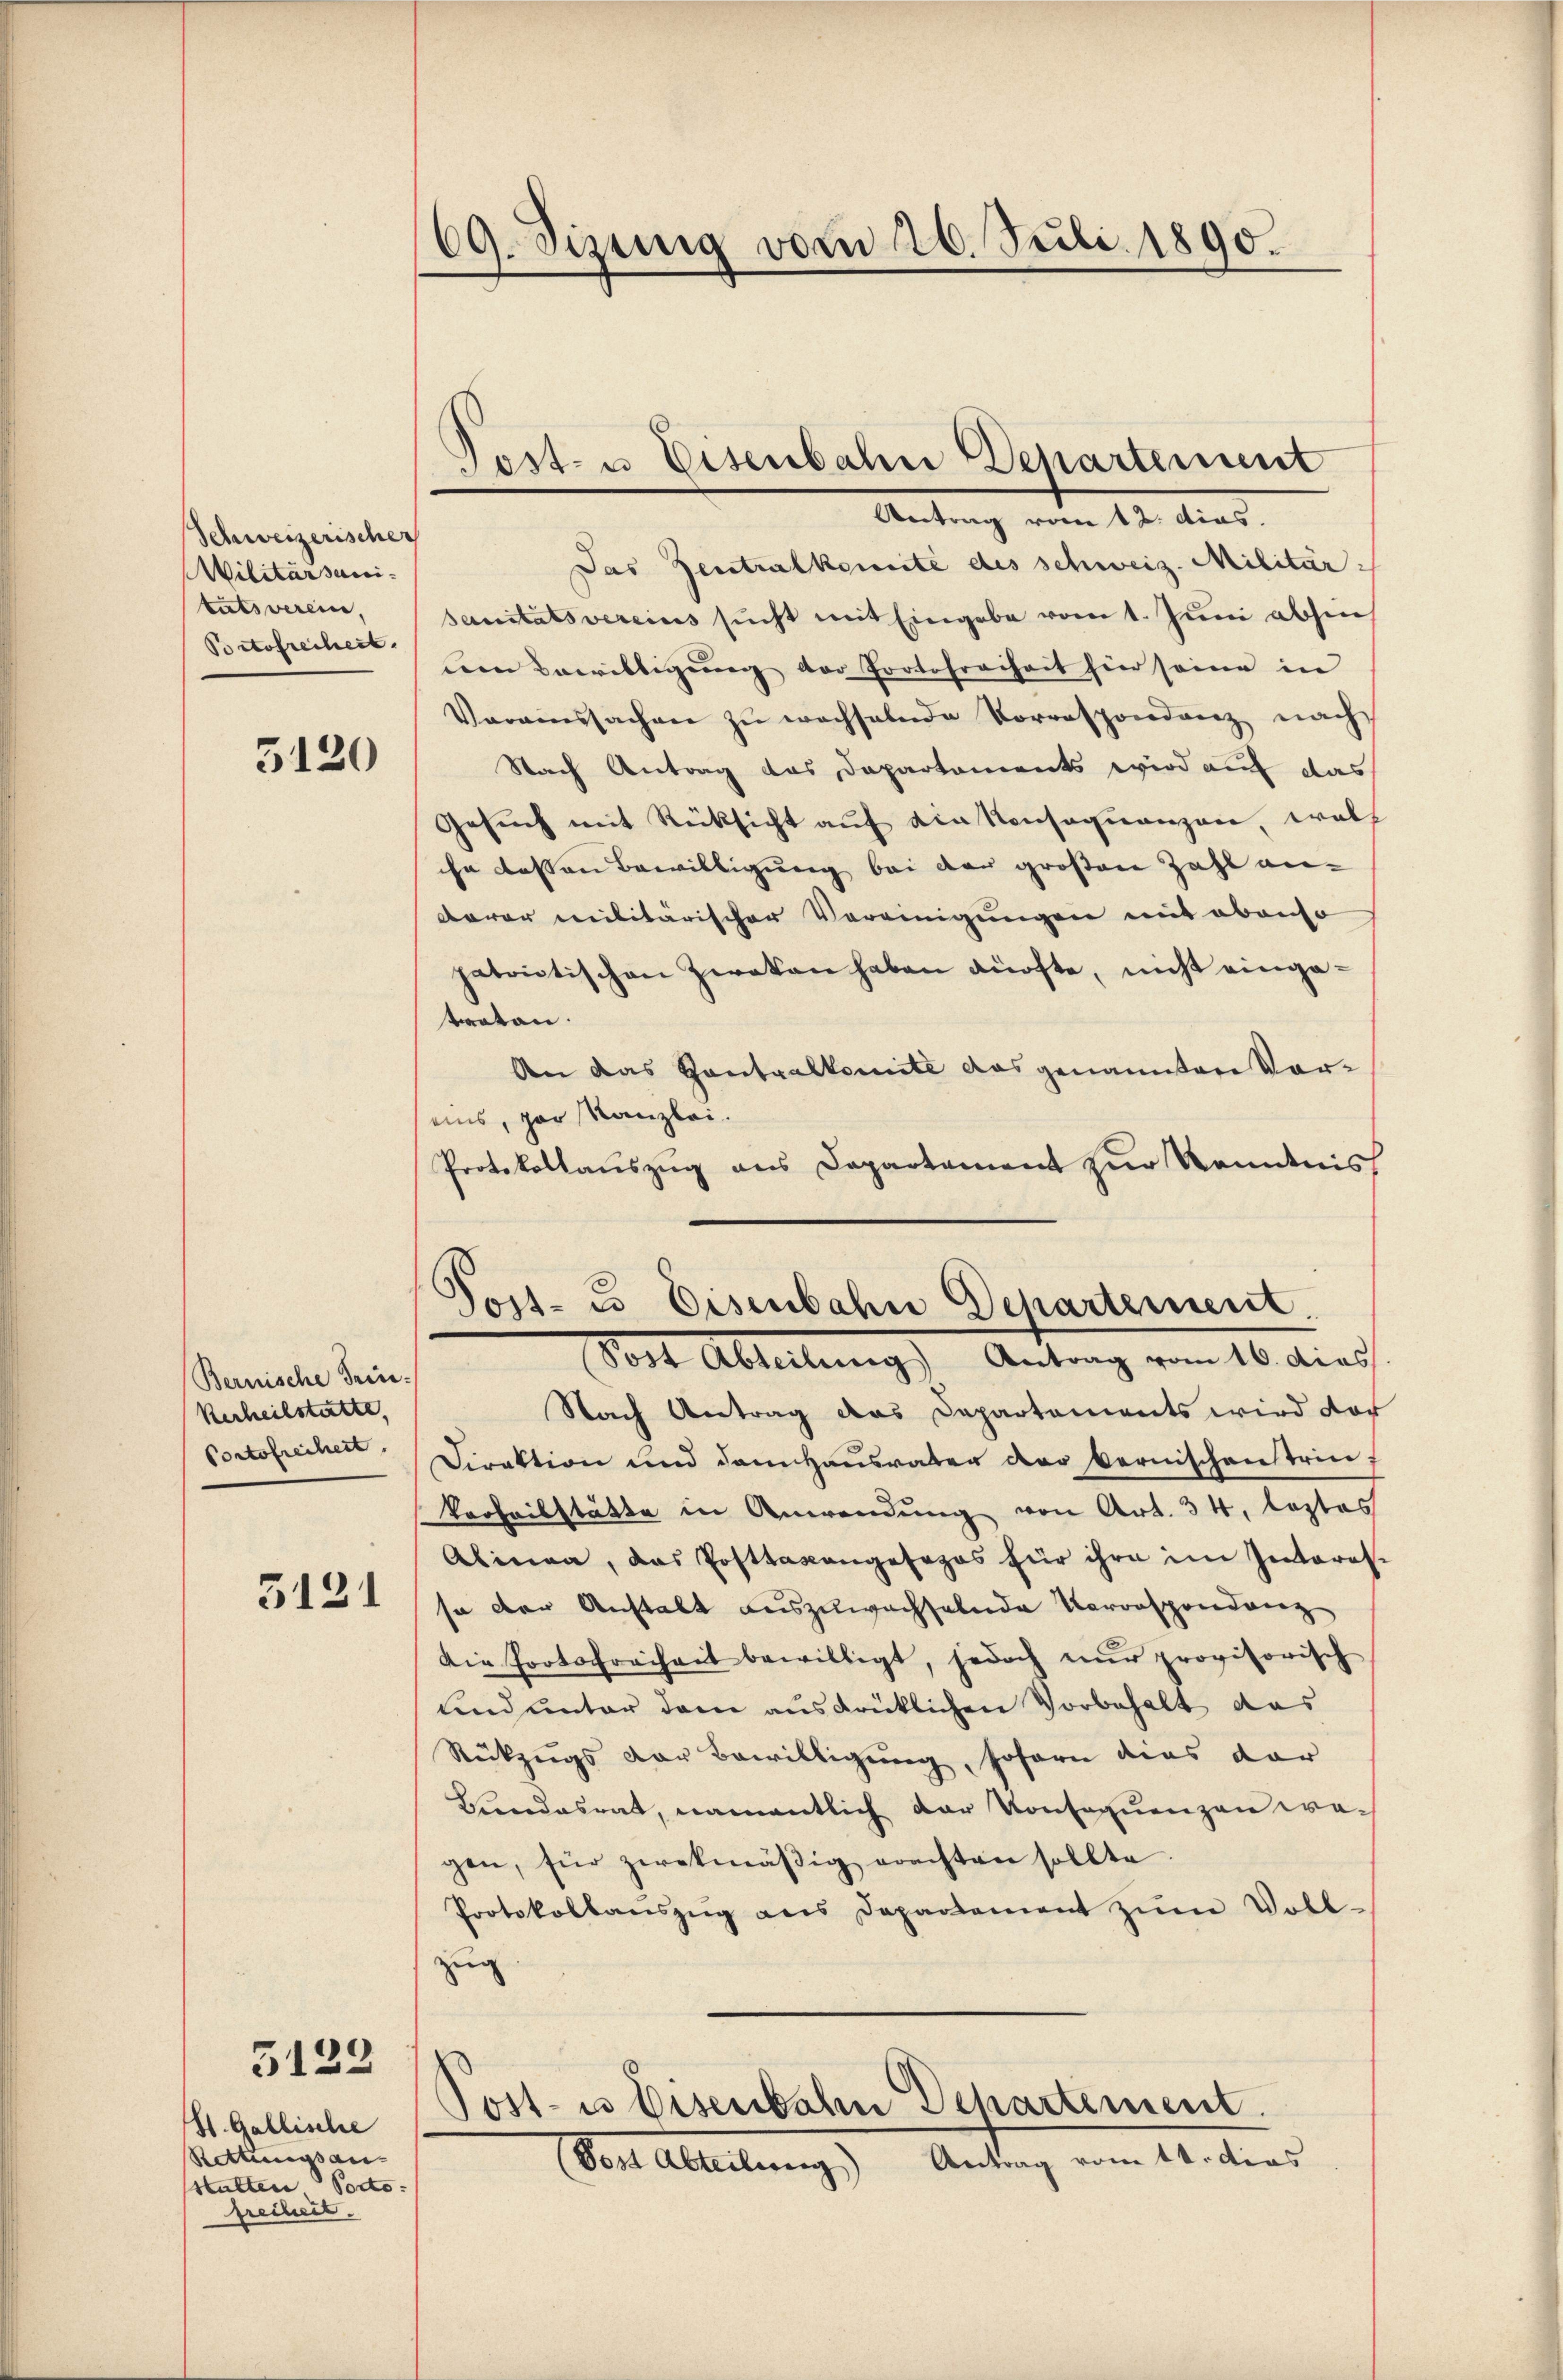
Schweizerischer
Militärsanitätsverein,
Portofrechert.

5120

Bernische Trin¬
Verheilstatte,
Portofrechert.

3121

3129

St. Gallische
Rettungsan
statten Podo:
freiheit.

69. Sizung vom 26. Juli 1890.

Das Zentralkomite des schweiz. Militär-
sanitätsvereins sucht mit Eingabe vom 1. Juni absen
nen Bewilligŭng der Portofreiheit hier seine in
Varaissachen zŭ wachselnde Vorrespondenz nach
Nach Antrag das Departements wird auf das
Gesuch mit Rücksicht auf ein Konsequenzen, welch
hn dessen Bewilligung bei der großen Zahl andarer militärischer Vereinigungen mit ebenso
patrictischen Zweken haben dürfte, nicht eingatraten.
An das Kontralkomite das genannten Vor-
eins, par Kanzlei.
Protokollauszug aus Departement zur Kenntnis

Post- u Eisenbahn Departement
Antrag vom 12. dies

Post- u. Eisenbahn Departement.
Post Abteilung) Antrag vom 16. dies

Nach Antrag das Departements wird doc
Direktion und dem Hausvater der Bernischenstrin
Vorheilstätte in Anwendung von Art. 34, leztes
Alinea, das Posttaxangesages für ihre im Interes-
so der Anstalt auszuwachselnde Korrespondanz
Die Fortsfreiheit bewilligt, jedoch nŭr provisorisch
lind unter dem ausdrüklichen Vorbehalt das
Rückzugs von Bewilligung, soforn dies dar
Bundesrat, namentlich der Konsequenzen wa-
gen, für zwekmäβig erachten sollte.
Protokollanszŭg ans Departement zŭm Voll-
zug

Post es Eisenbahn Departement.
(Post Abteilung) Antrag vom 14. dies